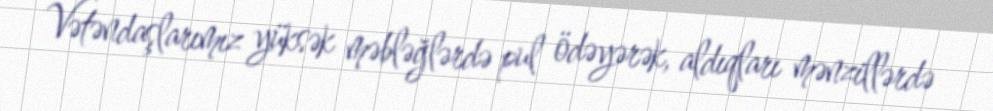
Vətəndaşlarımız yüksək məbləğlərdə pul ödəyərək, aldıqları mənzillərdə